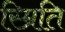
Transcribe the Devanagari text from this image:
स्म्रिति